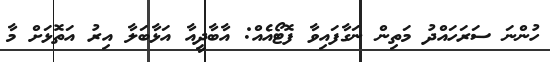
ހުންނަ ސަރަހައްދު މަތިން ނަގާފައިވާ ފޮޓޯއެއް: އާބާދީއާ އަޅާބަލާ އިރު އަތޮޅަށް މާ